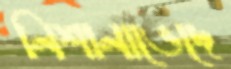
নিশানাভেদে